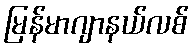
မြန်မာဂျာနယ်လစ်